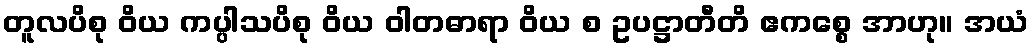
တူလပိစု ဝိယ ကပ္ပါသပိစု ဝိယ ဝါတဓာရာ ဝိယ စ ဥပဋ္ဌာတီတိ ဧကစ္စေ အာဟု။ အယံ